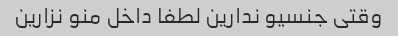
وقتی جنسیو ندارین لطفا داخل منو نزارین